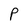
Character: P